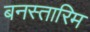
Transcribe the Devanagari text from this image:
बनस्तारिम